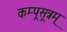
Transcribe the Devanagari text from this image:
कम्पूसूत्रम्